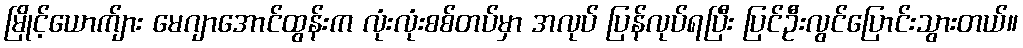
မြိုင့်ယောက်ျား မေဂျာအောင်ထွန်းက လုံးလုံးစစ်တပ်မှာ အလုပ် ပြန်လုပ်ရပြီး ပြင်ဦးလွင်ပြောင်းသွားတယ်။